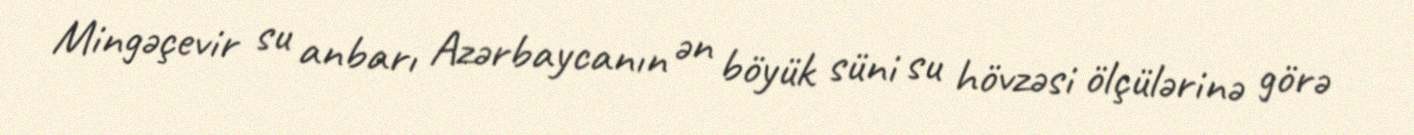
Mingəçevir su anbarı Azərbaycanın ən böyük süni su hövzəsi ölçülərinə görə